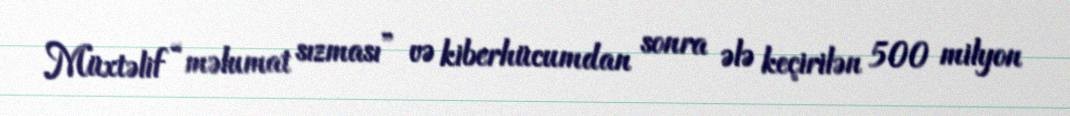
Müxtəlif “məlumat sızması” və kiberhücumdan sonra ələ keçirilən 500 milyon